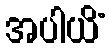
အပါယိံ